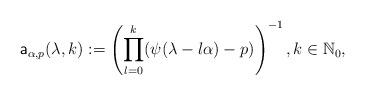
LaTeX: \begin{align*}\mathsf{a}_{\alpha,p}(\lambda,k):=\left(\prod_{l=0}^k(\psi(\lambda-l\alpha)-p)\right)^{-1},k\in \mathbb{N}_0,\end{align*}